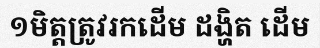
១មិត្តត្រូវរកដើម ដង្ហិត ដើម